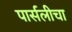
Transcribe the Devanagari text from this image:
पार्सलीचा